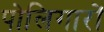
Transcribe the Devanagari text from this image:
पोलिगारों